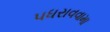
પધરાવવામા